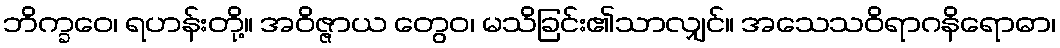
ဘိက္ခဝေ၊ ရဟန်းတို့။ အဝိဇ္ဇာယ တွေဝ၊ မသိခြင်း၏သာလျှင်။ အသေသဝိရာဂနိရောဓာ၊